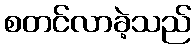
စတင်လာခဲ့သည်